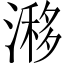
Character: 𣻗